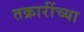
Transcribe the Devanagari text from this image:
तक्रारींच्या